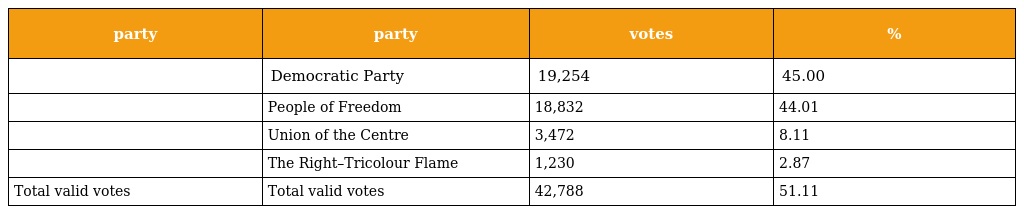
| party | party | votes | % |
 | --- | --- | --- | --- |
 |  | Democratic Party | 19,254 | 45.00 |
 |  | People of Freedom | 18,832 | 44.01 |
 |  | Union of the Centre | 3,472 | 8.11 |
 |  | The Right–Tricolour Flame | 1,230 | 2.87 |
 | Total valid votes | Total valid votes | 42,788 | 51.11 |